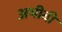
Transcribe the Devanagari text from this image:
अभीबी